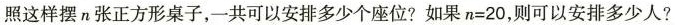
照这样摆n张正方形桌子，一共可以安排多少个座位?如果$$n = 2 0$$，则可以安排多少人?